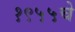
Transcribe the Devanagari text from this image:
१९५५चे